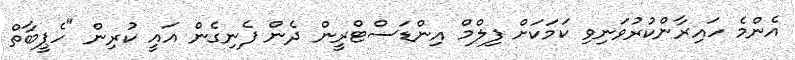
އެންމެ ހައިރާންކުރުވަނިވި ކަމަކަށް ފިލްމް އިންޑަސްޓްރީން ދެން ފެނިގެން އައީ ކުރިން "ހެޕީބާތް